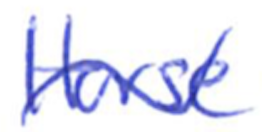
Text: Horse
Cross-out: wave
Writing tool: ballpoint